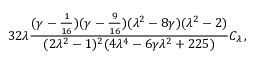
3 2 \lambda { \frac { ( \gamma - { \frac { 1 } { 1 6 } } ) ( \gamma - { \frac { 9 } { 1 6 } } ) ( \lambda ^ { 2 } - 8 \gamma ) ( \lambda ^ { 2 } - 2 ) } { ( 2 \lambda ^ { 2 } - 1 ) ^ { 2 } ( 4 \lambda ^ { 4 } - 6 \gamma \lambda ^ { 2 } + 2 2 5 ) } } C _ { \lambda } \, ,